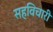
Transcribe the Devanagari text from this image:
सहविचारी